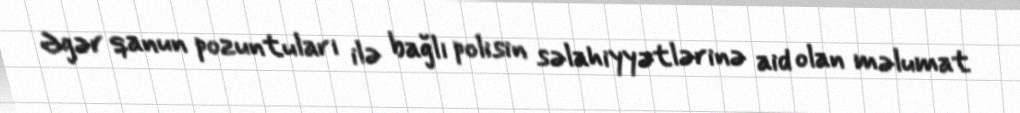
Əgər qanun pozuntuları ilə bağlı polisin səlahiyyətlərinə aid olan məlumat